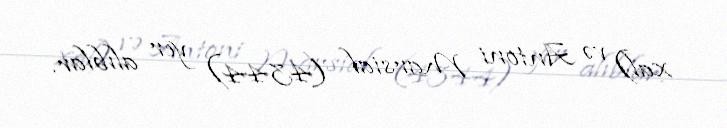
xal) və Antoni Marsial (4344) yer alıblar.